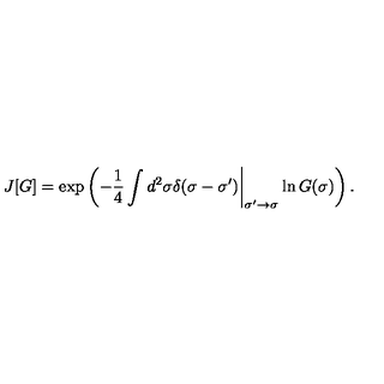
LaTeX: J [ G ] = \exp \left( - \frac { 1 } { 4 } \int d ^ { 2 } \sigma \delta ( \sigma - \sigma ^ { \prime } ) \biggr | _ { \sigma ^ { \prime } \rightarrow \sigma } \ln G ( \sigma ) \right) .